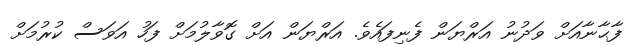
ފާޙާނާއަށް ވަދުނު އަރްޔަން ފެނިފައެވެ. އަރްޔަން އަށް ގޮވާލުމަށް ފަހު އަވަސް ކުރުމަށް